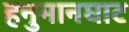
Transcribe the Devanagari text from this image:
हनुमानघाट